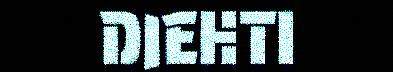
DIEHTI